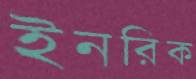
ইনরিক